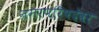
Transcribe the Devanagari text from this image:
नगरपरिषदेवर